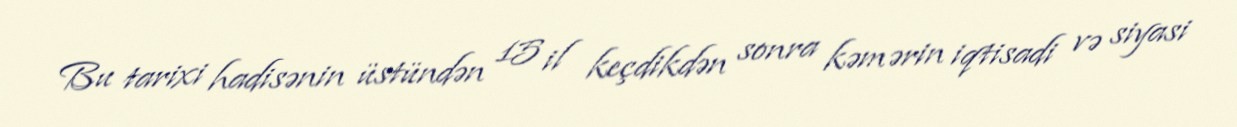
Bu tarixi hadisənin üstündən 15 il keçdikdən sonra kəmərin iqtisadi və siyasi